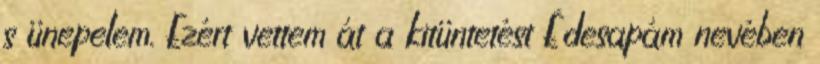
s ünepelem. Ezért vettem át a kitüntetést Édesapám nevében